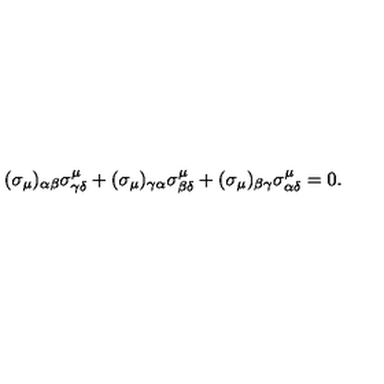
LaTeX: ( \sigma _ { \mu } ) _ { \alpha \beta } \sigma _ { \gamma \delta } ^ { \mu } + ( \sigma _ { \mu } ) _ { \gamma \alpha } \sigma _ { \beta \delta } ^ { \mu } + ( \sigma _ { \mu } ) _ { \beta \gamma } \sigma _ { \alpha \delta } ^ { \mu } = 0 .